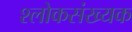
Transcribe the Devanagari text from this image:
श्लोकसंख्यक